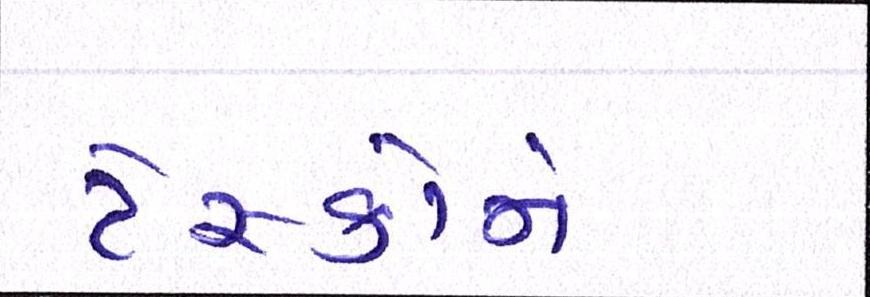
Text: ટેસ્કોને